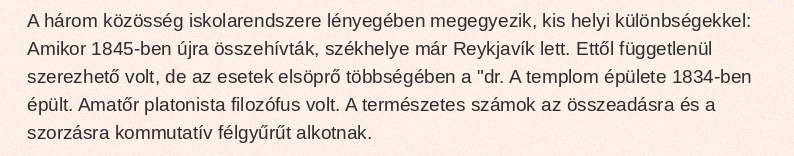
A három közösség iskolarendszere lényegében megegyezik, kis helyi különbségekkel: Amikor 1845-ben újra összehívták, székhelye már Reykjavík lett. Ettől függetlenül szerezhető volt, de az esetek elsöprő többségében a "dr. A templom épülete 1834-ben épült. Amatőr platonista filozófus volt. A természetes számok az összeadásra és a szorzásra kommutatív félgyűrűt alkotnak.